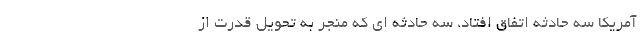
آمریکا سه حادثه اتفاق افتاد، سه حادثه ای که منجر به تحویل قدرت از